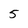
Character: 5